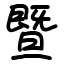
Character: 暨